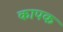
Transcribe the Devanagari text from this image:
कापक